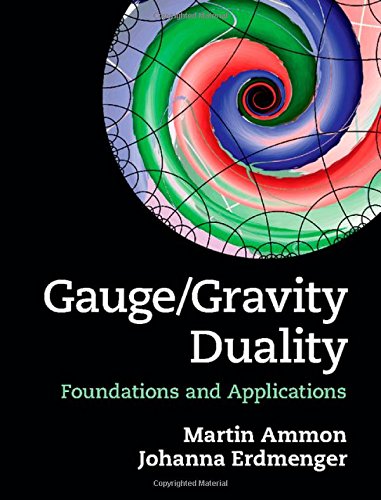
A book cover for Gauge/Gravity Duality: Foundations and Applications; Martin Ammon; Science & Math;